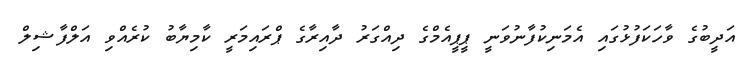
އަދީބުގެ ވާހަކަފުޅުގައި އެމަނިކުފާނުވަނީ ޕީޕީއެމްގެ ދިއްގަރު ދާއިރާގެ ޕްރައިމަރީ ކާމިޔާބު ކުރެއްވި އަލްފާޝިލް